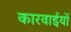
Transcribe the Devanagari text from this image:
कारवाईयों